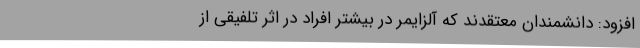
افزود: دانشمندان معتقدند که آلزایمر در بیشتر افراد در اثر تلفیقی از